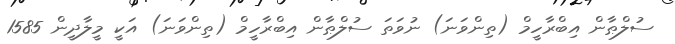
ސުލްޠާން އިބްރާހީމް (ތިންވަނަ) ނުވަތަ ސުލްޠާން އިބްރާހީމް (ތިންވަނަ) އަކީ މީލާދީން 1585